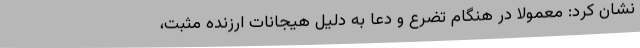
نشان کرد: معمولا در هنگام تضرع و دعا به دلیل هیجانات ارزنده مثبت،